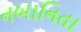
નબાનિતા